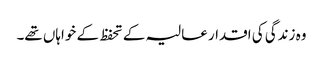
وہ زندگی کی اقدار عالیہ کے تحفظ کے خواہاں تھے۔